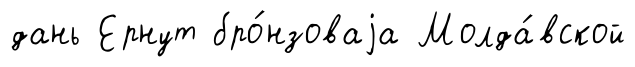
дань Ернут бро́нзоваjа Молда́вской